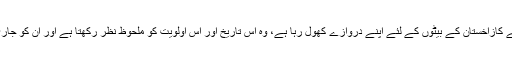
ازہر شریف اپنے دامن میں پڑھنے کے لئے کازاخستان کے بیٹوں کے لئے اپنے دروازے کھول رہا ہے، وہ اس تاریخ اور اس اولویت کو ملحوظ نظر رکھتا ہے اور ان کو جاری و ساری رکھنے کی خواہش رکھتا ہے ۔